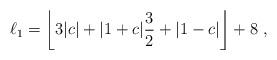
LaTeX: \begin{align*} \ell_1 = \left\lfloor 3 |c| + |1+c| \frac{3}{2} + |1-c| \right\rfloor +8~,\end{align*}